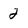
Character: 2